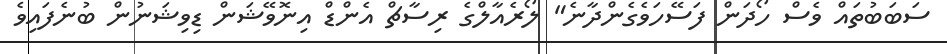
ސަބަބުތައް ވެސް ހޯދަން ފަސޭހަވެގެންދާނެ" ލޯރެއާލްގެ ރިސާޗް އެންޑް އިނޮވޭޝަން ޑިވިޝަނުން ބުނެފައިވެ